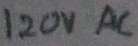
Text: 120VAC